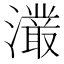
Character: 𭳖